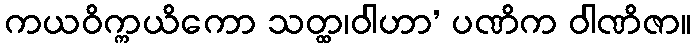
ကယဝိက္ကယိကော သတ္ထ၊ဝါဟာ’ ပဏိက ဝါဏိဇာ။